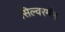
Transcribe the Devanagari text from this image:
सिल्वरमॅन